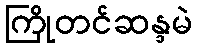
ကြိုတင်ဆန္ဒမဲ